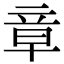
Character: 章